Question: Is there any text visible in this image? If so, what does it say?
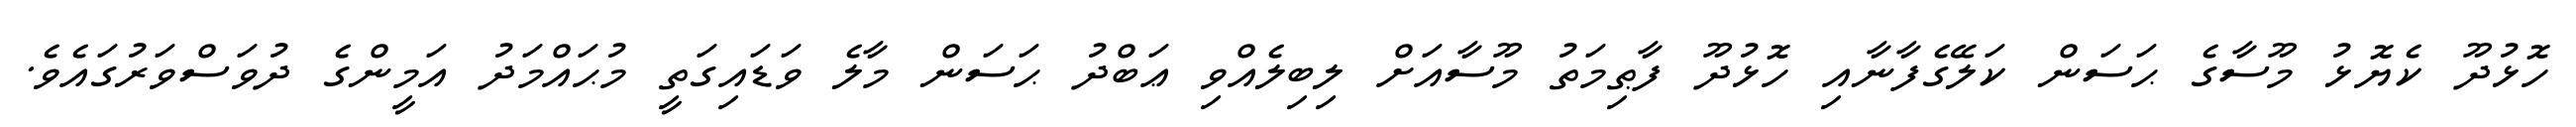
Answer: ހޮޅުދޫ ކެޔޮޅު މޫސާގެ ޙަސަން ކަލޭގެފާނާއި ހޮޅުދޫ ފާޠިމަތު މޫސާއަށް ލިބިލެއްވި ޢަބްދު ޙަސަން މާލެ ވަޑައިގަތީ މުޙައްމަދު އަމީންގެ ދުވަސްވަރުގައެވެ.